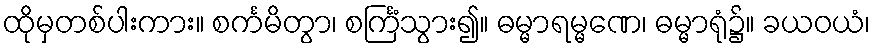
ထိုမှတစ်ပါးကား။ စင်္ကမိတွာ၊ စင်္ကြံသွား၍။ ဓမ္မာရမ္မဏေ၊ ဓမ္မာရုံ၌။ ခယဝယံ၊